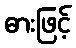
ဓားဖြင့်